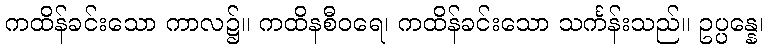
ကထိန်ခင်းသော ကာလ၌။ ကထိနစီဝရေ၊ ကထိန်ခင်းသော သင်္ကန်းသည်။ ဥပ္ပန္နေ၊